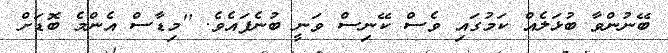
ބޭނުންވާ ބުޅަލެއް ކަމުގައި ވެސް ކޭނިސް ވަނީ ބުނެފައެވެ. ''މިޑާސް އެންމެ ބޮޑަށް